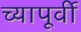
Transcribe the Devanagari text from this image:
च्यापूर्वी